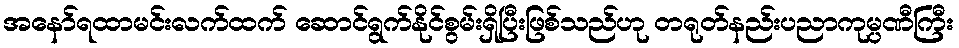
အနော်ရထာမင်းလက်ထက် ဆောင်ရွက်နိုင်စွမ်းရှိပြီးဖြစ်သည်ဟု တရုတ်နည်းပညာကုမ္ပဏီကြီး